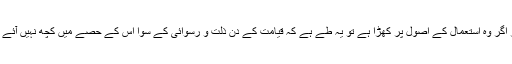
اور اگر وہ استعمال کے اصول پر کھڑا ہے تو یہ طے ہے کہ قیامت کے دن ذلت و رسوائی کے سوا اس کے حصے میں کچھ نہیں آئے گا۔